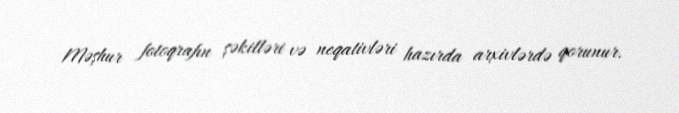
Məşhur fotoqrafın şəkilləri və neqativləri hazırda arxivlərdə qorunur.